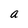
Character: a